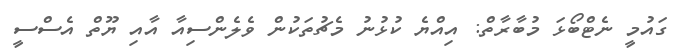
ގައުމީ ނެޓްބޯޅަ މުބާރާތް: އިއްޔެ ކުޅުނު މެޗުތަކުން ވެލެންސިއާ އާއި ޔޫތް އެސްސީ